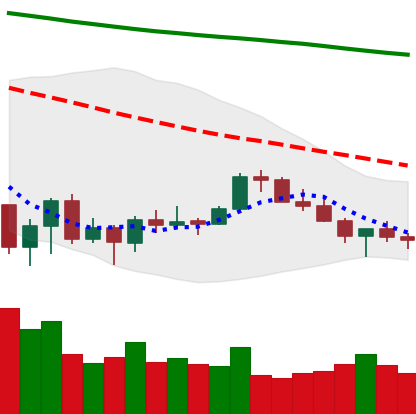
Ticker: XLM-USD
Chart end date: 2022-07-02
Forward return: 4.883%
Label: up_3_5